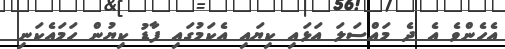
އެހެންވެ އެ ދެ މައްސަލަ އަޅައި ކިޔައި އެކަމުގައި ފާޑު ކިޔުން ހަމައެކަނި